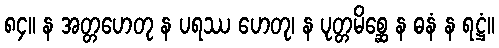
၈၄။ န အတ္တဟေတု န ပရဿ ဟေတု၊ န ပုတ္တမိစ္ဆေ န ဓနံ န ရဋ္ဌံ။